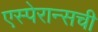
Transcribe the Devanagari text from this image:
एस्पेरान्सची